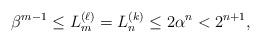
LaTeX: \begin{align*}\beta^{m-1} \leq L_m^{(\ell)}=L_n^{(k)}\leq 2\alpha^{n}<2^{n+1},\end{align*}